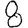
Digit: 8